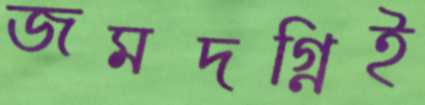
জমদগ্নিই